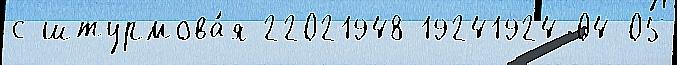
с штурмова́я 22021948 19241924-04-05